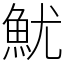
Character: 魷